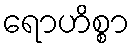
ရောဟိစ္စာ